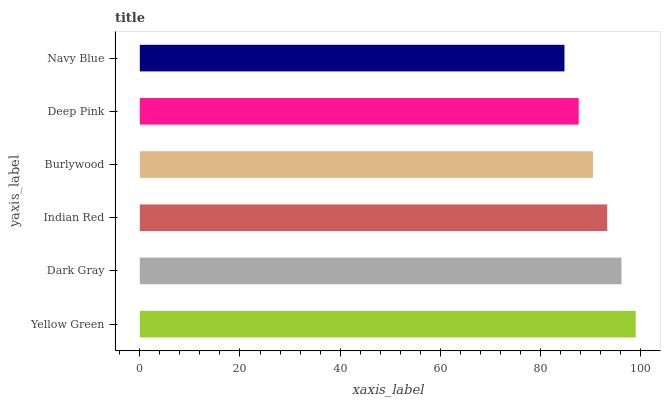
| yaxis_label | bars |
 | --- | --- |
 | Yellow Green | 99 |
 | Dark Gray | 96.2 |
 | Indian Red | 93.3 |
 | Burlywood | 90.5 |
 | Deep Pink | 87.6 |
 | Navy Blue | 84.8 |